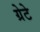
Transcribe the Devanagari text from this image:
ग्रेटे